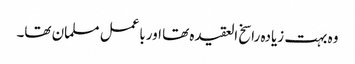
وہ بہت زیادہ راسخ العقیدہ تھا اورباعمل مسلمان تھا۔